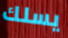
يسلك